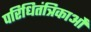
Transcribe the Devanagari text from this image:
परिधितंत्रिकाओं